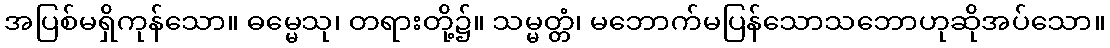
အပြစ်မရှိကုန်သော။ ဓမ္မေသု၊ တရားတို့၌။ သမ္မတ္တံ၊ မဘောက်မပြန်သောသဘောဟုဆိုအပ်သော။